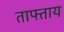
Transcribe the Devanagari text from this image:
ताफ्ताय